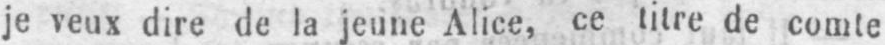
je veux dire de la jeune Alice, ce titre de comte